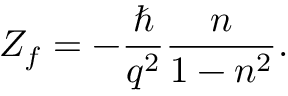
Z _ { f } = - \frac { \hbar } { q ^ { 2 } } \frac { n } { 1 - n ^ { 2 } } .